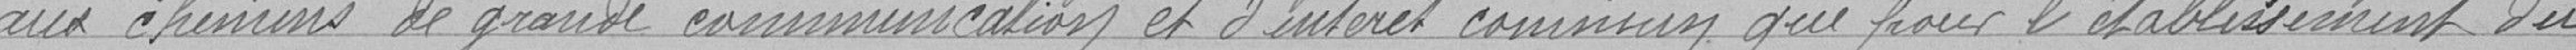
aux chemins de grande communication et intérêt commun que pour l'établissement du